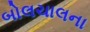
બોલચાલના